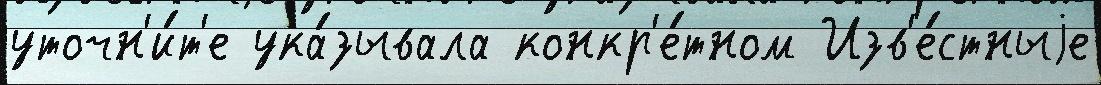
уточн'и́т'е ука́зывала конкр'е́тном Изв'е́стныjе